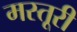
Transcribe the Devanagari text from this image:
मस्तूरी